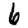
Digit: 6